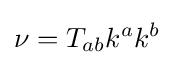
\nu =T_{ab}k^{a}k^{b}